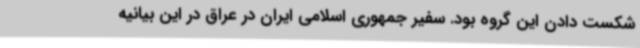
شکست دادن این گروه بود. سفیر جمهوری اسلامی ایران در عراق در این بیانیه